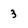
Character: 3